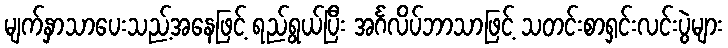
မျက်နှာသာပေးသည့်အနေဖြင့် ရည်ရွယ်ပြီး အင်္ဂလိပ်ဘာသာဖြင့် သတင်းစာရှင်းလင်းပွဲများ